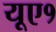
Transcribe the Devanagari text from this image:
यूए१